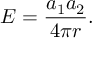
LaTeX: E = { \frac { a _ { 1 } a _ { 2 } } { 4 \pi r } } .